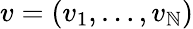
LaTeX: v=(v_{1},\dots,v_{\mathbb{N}})